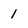
Character: 1